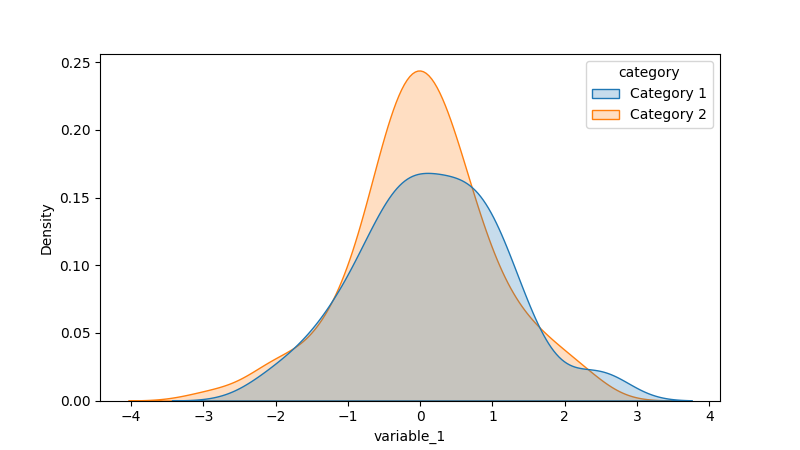
python, seaborn, kdeplot, hue='category', fill=True, bw_adjust=1.0